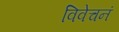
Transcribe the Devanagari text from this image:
विवेचनं